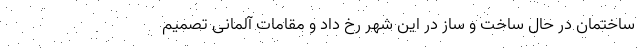
ساختمان در حال ساخت و ساز در این شهر رخ داد و مقامات آلمانی تصمیم